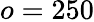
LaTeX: o=250